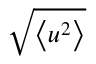
\sqrt { \left\langle u ^ { 2 } \right\rangle }